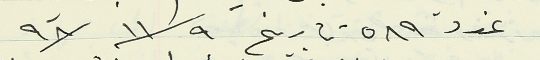
عدد ٥٨٩ تاريخ ٩٨/١١/٩